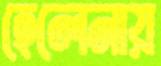
হেলেনায়